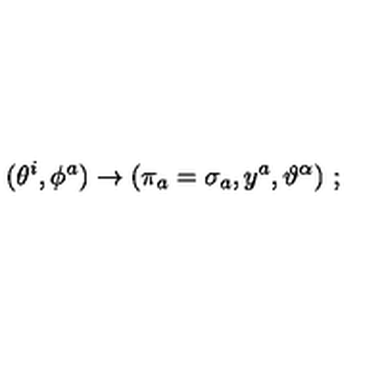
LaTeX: ( \theta ^ { i } , \phi ^ { a } ) \rightarrow ( \pi _ { a } = \sigma _ { a } , y ^ { a } , \vartheta ^ { \alpha } ) \ ;